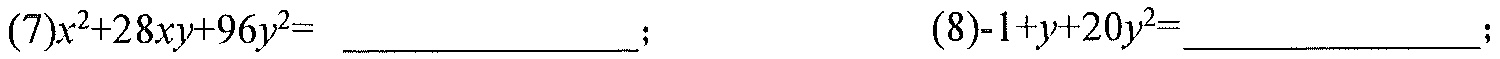
(7)$x^{2}+28xy + 96y^{2}=$  \_\_\_\_\_\_\_\_\_\_\_\_\_\_ ;  (8)$-1 + y+20y^{2}=$\_\_\_\_\_\_\_\_\_\_\_\_\_\_ ;